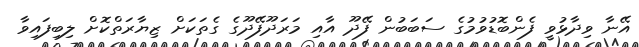
އޭނާ ވިދާޅުވީ ފެންބޮޑުވުމުގެ ސަބަބުން ފޭދޫ އާއި މަރަދޫފޭދޫގެ ގެތަކަށް ޒިޔާރަތްކޮށް ލިބިފައިވާ